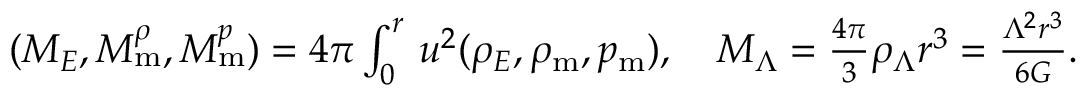
\begin{array} { r } { ( M _ { E } , M _ { \mathrm { m } } ^ { \rho } , M _ { \mathrm { m } } ^ { p } ) = 4 \pi \int _ { 0 } ^ { r } \d u \, u ^ { 2 } ( \rho _ { E } , \rho _ { \mathrm { m } } , p _ { \mathrm { m } } ) , \quad M _ { \Lambda } = \frac { 4 \pi } { 3 } \rho _ { \Lambda } r ^ { 3 } = \frac { \Lambda ^ { 2 } r ^ { 3 } } { 6 G } . } \end{array}